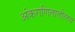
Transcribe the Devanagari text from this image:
अंकगणितातीलच